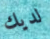
لديك